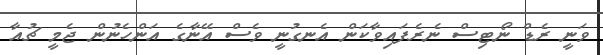
ވަނީ ރެޑް ނޯޓިސް ނެރެފައިވާކަން އެނގުނީ ވެސް އޭނާގެ އަންހެނުން ޖެމީ ޗުއާ